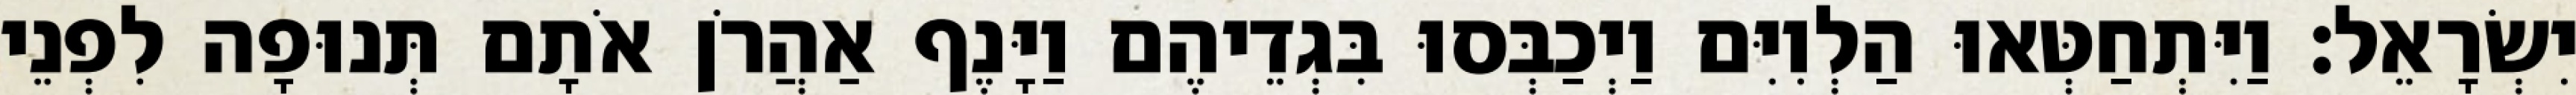
יִשְׂרָאֵל׃ וַיִּתְחַטְּאוּ הַלְוִיִּם וַיְכַבְּסוּ בִּגְדֵיהֶם וַיָּנֶף אַהֲרֹן אֹתָם תְּנוּפָה לִפְנֵי